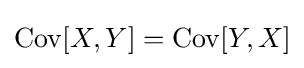
\operatorname {Cov} [X,Y]=\operatorname {Cov} [Y,X]